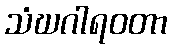
သံဃဂါရဝတာ